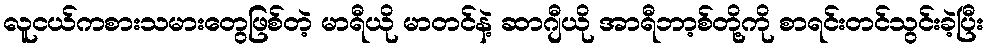
လူငယ်ကစားသမားတွေဖြစ်တဲ့ မာရီယို မာတင်နဲ့ ဆာဂျီယို အာရီဘာ့စ်တို့ကို စာရင်းတင်သွင်းခဲ့ပြီး